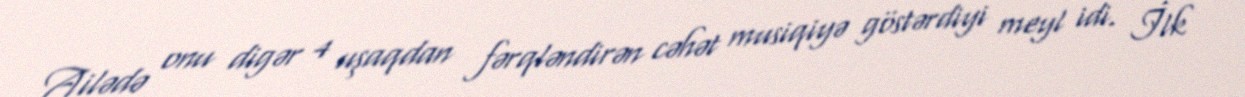
Ailədə onu digər 4 uşaqdan fərqləndirən cəhət musiqiyə göstərdiyi meyl idi. İlk